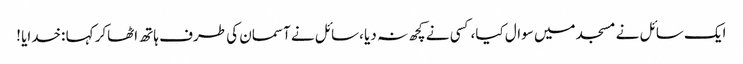
ایک سائل نے مسجد میں سوال کیا،کسی نے کچھ نہ دیا ،سائل نے آسمان کی طرف ہاتھ اٹھاکر کہا :خدایا !